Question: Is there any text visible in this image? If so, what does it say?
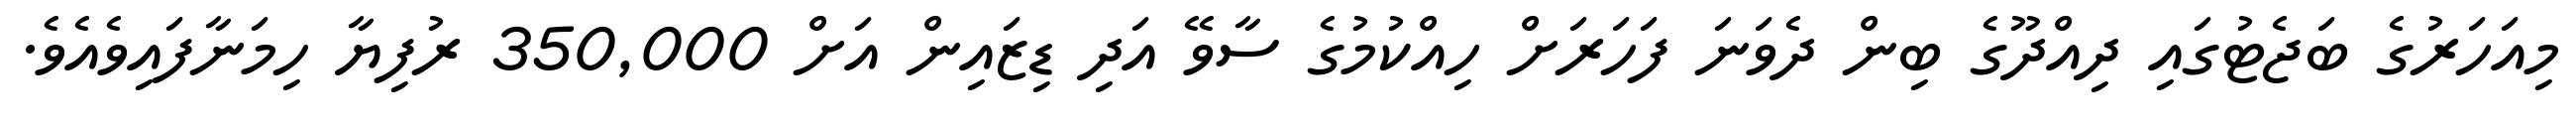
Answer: މިއަހަރުގެ ބަޖެޓުގައި ދިއްދޫގެ ބިން ދެވަނަ ފަހަރަށް ހިއްކުމުގެ ސާވޭ އަދި ޑިޒައިން އަށް 350,000 ރުފިޔާ ހިމަނާފައިވެއެވެ.